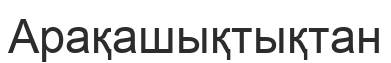
Арақашықтықтан